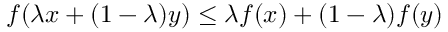
f ( \lambda x + ( 1 - \lambda ) y ) \leq \lambda f ( x ) + ( 1 - \lambda ) f ( y )